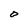
Character: O